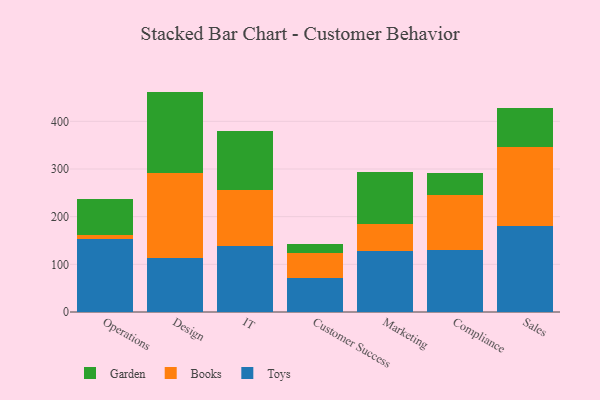
{"axis": {"x": "Department", "y": "Churn Rate (%)"}, "legend": ["Books", "Garden", "Toys"], "data": [{"x": "Operations", "y": 153.7, "type": "Toys"}, {"x": "Operations", "y": 8.2, "type": "Books"}, {"x": "Operations", "y": 74.7, "type": "Garden"}, {"x": "Design", "y": 113.5, "type": "Toys"}, {"x": "Design", "y": 177.7, "type": "Books"}, {"x": "Design", "y": 171.2, "type": "Garden"}, {"x": "IT", "y": 138.1, "type": "Toys"}, {"x": "IT", "y": 118.5, "type": "Books"}, {"x": "IT", "y": 122.6, "type": "Garden"}, {"x": "Customer Success", "y": 70.5, "type": "Toys"}, {"x": "Customer Success", "y": 54.0, "type": "Books"}, {"x": "Customer Success", "y": 17.4, "type": "Garden"}, {"x": "Marketing", "y": 128.2, "type": "Toys"}, {"x": "Marketing", "y": 57.2, "type": "Books"}, {"x": "Marketing", "y": 107.5, "type": "Garden"}, {"x": "Compliance", "y": 131.1, "type": "Toys"}, {"x": "Compliance", "y": 114.1, "type": "Books"}, {"x": "Compliance", "y": 47.2, "type": "Garden"}, {"x": "Sales", "y": 179.9, "type": "Toys"}, {"x": "Sales", "y": 165.5, "type": "Books"}, {"x": "Sales", "y": 82.3, "type": "Garden"}]}